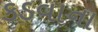
કડવાના